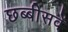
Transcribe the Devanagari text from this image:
छब्बीसवें